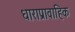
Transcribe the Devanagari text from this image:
धाराप्रावाहिक